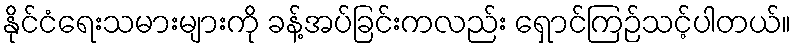
နိုင်ငံရေးသမားများကို ခန့်အပ်ခြင်းကလည်း ရှောင်ကြဉ်သင့်ပါတယ်။